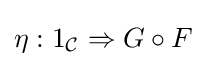
\eta :1_{\mathcal {C}}\Rightarrow G\circ F